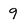
Character: 9